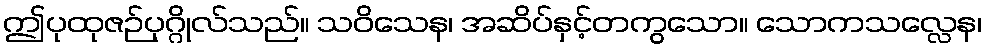
ဤပုထုဇဉ်ပုဂ္ဂိုလ်သည်။ သဝိသေန၊ အဆိပ်နှင့်တကွသော။ သောကသလ္လေန၊